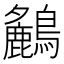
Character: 𪇤